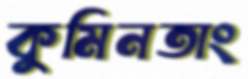
কুমিনতাং